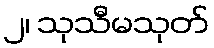
၂၊ သုသီမသုတ်